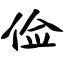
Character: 俭